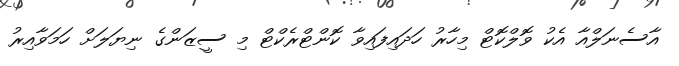
އާސެނަލްއާ އެކު ވޮލްކޮޓް މިހާރު ހަދައިފައިވާ ކޮންޓްރެކްޓް މި ސީޒަންގެ ނިޔަލަށް ހަމަވާއިރު